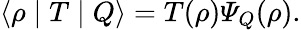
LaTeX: \langle\rho\mid T\mid Q\rangle=T(\rho){\mit\Psi}_{Q}(\rho).